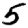
Digit: 5